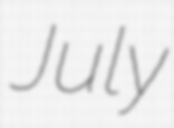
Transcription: July